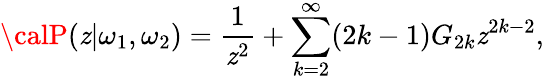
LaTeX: {\calP}(\mathit{z}|\omega_{1},\omega_{2})=\frac{{1}}{{\mathit{z}^{2}}}+\sum_{k=2}^{\infty}(2k-1)G_{2k}\mathit{z}^{2k-2},